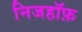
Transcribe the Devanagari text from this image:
निजहॉफ़